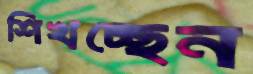
শিখচ্ছেন